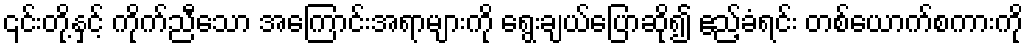
၎င်းတို့နှင့် ကိုက်ညီသော အကြောင်းအရာများကို ရွေးချယ်ပြောဆို၍ ဧည့်ခံရင်း တစ်ယောက်စကားကို